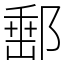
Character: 𨜚